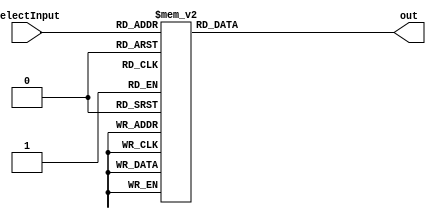
module decode8(selectInput, out);  // 8-output decoder

	output reg [7:0] out;
	input  [2:0] selectInput;
	
	always@(selectInput) begin
		case(selectInput)
			0: out = 8'b00000001;
			1: out = 8'b00000010;
			2: out = 8'b00000100;
			3: out = 8'b00001000;
			4: out = 8'b00010000;
			5: out = 8'b00100000;
			6: out = 8'b01000000;
			7: out = 8'b10000000;
		endcase
	end
	
endmodule